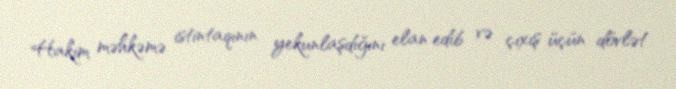
Hakim məhkəmə istintaqının yekunlaşdığını elan edib və çıxış üçün dövlət